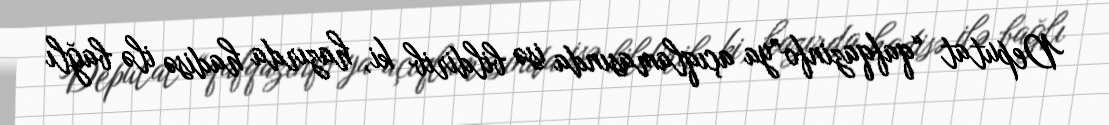
Deputat “qafqazinfo”ya açıqlamasında isə bildirib ki, hazırda hadisə ilə bağlı